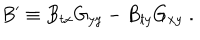
LaTeX: B ^ { \prime } \equiv B _ { t x } G _ { y y } - B _ { t y } G _ { x y } \; .